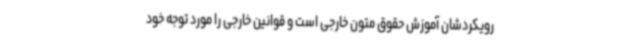
رویکردشان آموزش حقوق متون خارجی است و قوانین خارجی را مورد توجه خود